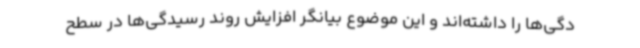
دگی‌ها را داشته‌اند و این موضوع بیانگر افزایش روند رسیدگی‌ها در سطح